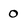
Character: 0